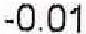
-0.1